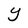
Character: Y